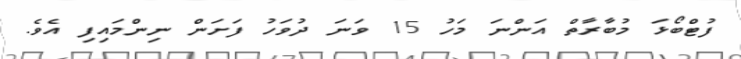
ފުޓްބޯޅަ މުބާރާތް އަންނަ މަހު 15 ވަނަ ދުވަހު ފަށަން ނިންމައިފި އެވެ.